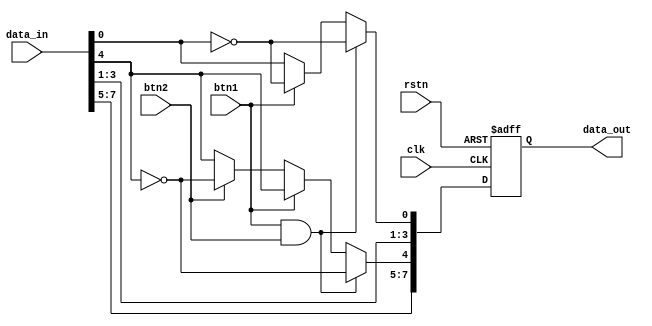

module Error_Injection(
        output [7:0] data_out,
        input [7:0] data_in,
        input btn1, btn2,
        input clk, rstn
    );

// **** TODO **** //
reg [7:0] c;

always @ (posedge clk or negedge rstn) begin
    if (~rstn)  c = 8'b00000000; // reset ?
    else begin
        c = data_in;
        if(btn1 && btn2) begin
            c[0] = ~c[0];
            c[4] = ~c[4];
        end else if (btn1) begin
            c[0] = ~c[0];
        end else if (btn2) begin
            c[4] = ~c[4];
        end else ;
    end
end
assign data_out = c;
// ************** // 

endmodule